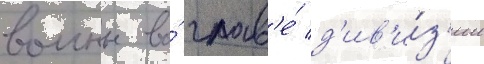
воины во́ глав'е́ д'ив'и́з'ии